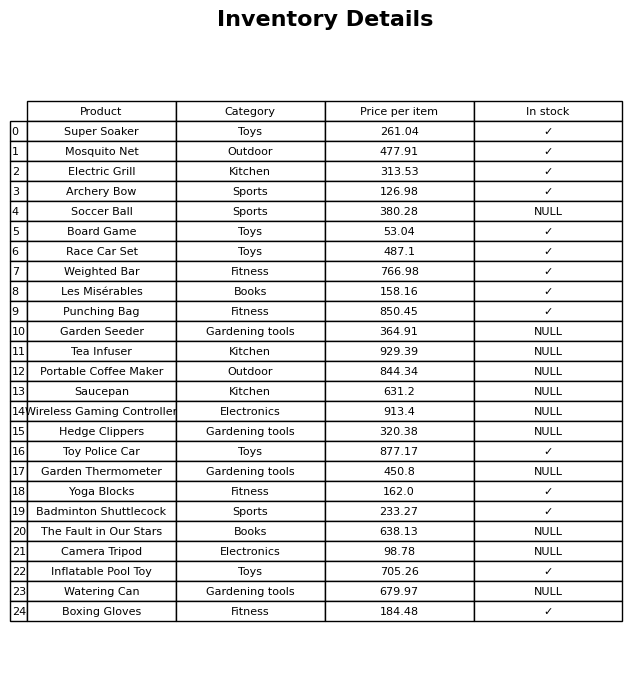
question: Which products are available in stock?
answer: Super Soaker, Mosquito Net, Electric Grill, Archery Bow, Board Game, Race Car Set, Weighted Bar, Les Misérables, Punching Bag, Toy Police Car, Yoga Blocks, Badminton Shuttlecock, Inflatable Pool Toy, Boxing Gloves